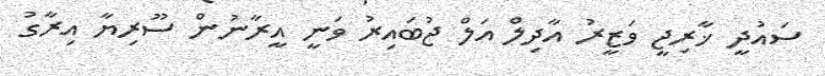
ސައުދީ ޚާރިޖީ ވަޒީރު އާދިލް އަލް ޖުބައިރު ވަނީ އީރާނުން ސޫރިޔާ އިރާގު